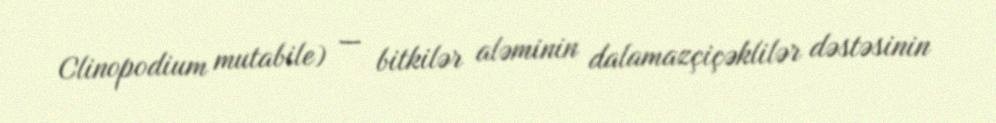
Clinopodium mutabile) — bitkilər aləminin dalamazçiçəklilər dəstəsinin